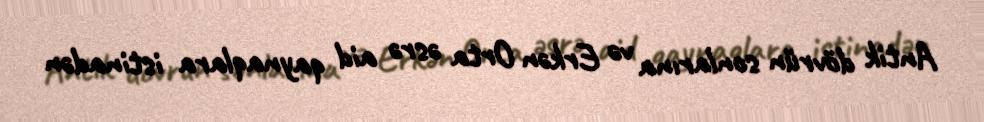
Antik dövrün sonlarına və Erkən Orta əsrə aid qaynaqlara istinadən